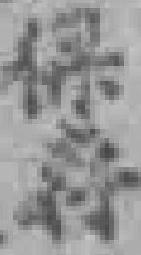
保存